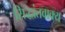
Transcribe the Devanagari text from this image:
सिद्धांतवाक्य